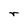
Character: r